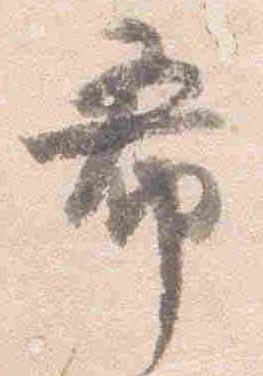
希